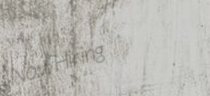
NowHiring